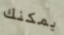
يمكنك